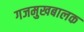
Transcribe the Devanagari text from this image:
गजमुखबालक